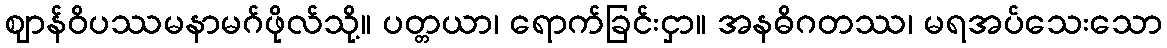
ဈာန်ဝိပဿမနာမဂ်ဖိုလ်သို့။ ပတ္တယာ၊ ရောက်ခြင်းငှာ။ အနဓိဂတဿ၊ မရအပ်သေးသော